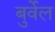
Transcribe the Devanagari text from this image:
बुर्वेल